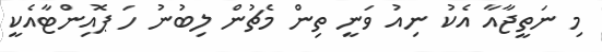
މި ނަތީޖާއާ އެކު ނިއު ވަނީ ތިން މެޗުން ލިބުނު ހަ ޕޮއިންޓާއެކީ